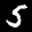
Label: 5